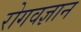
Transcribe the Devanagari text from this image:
रोगवज्ञान